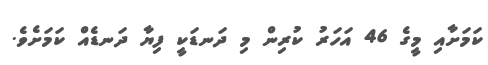
ކަމަށާއި މީގެ 46 އަހަރު ކުރިން މި ދަނޑަކީ ފިޔާ ދަނޑެއް ކަމަށެވެ.